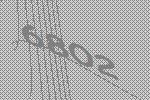
6802